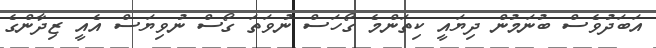
އަބަދުވެސް ބުނަމުން ދިޔައީ ކިތަންމެ ގޯހަސް ނުވަތަ ގޯސް ނުވިޔަސް އެއީ ޒިދާންގެ